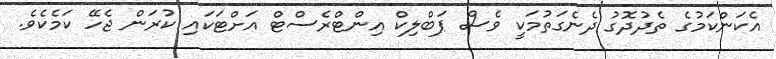
އެކަންކަމުގެ ތެދުދޮގު ދެނެގަތުމަކީ ވެސް ޕަބްލިކް އިންޓްރެސްޓް އަށްޓަކައި ކުރަން ޖެހޭ ކަމެކެވެ.